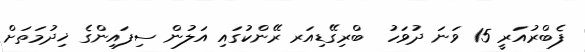
ފެބްރުއަރީ 15 ވަނަ ދުވަހު  ބްރިގޭޑިއަރ ރޭންކުގައި އަލުން ސިފައިންގެ ޚިދުމަތަށް